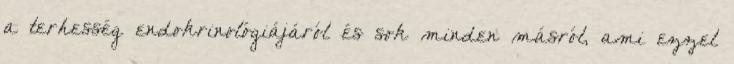
a terhesség endokrinológiájáról és sok minden másról, ami ezzel